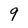
Character: 9